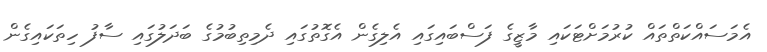
އެމަސައްކަތްތައް ކުރުމަށްޓަކައި މާޒީގެ ފަސްބައިގައި އެލިގެން އެގޮތުގައި ދެމިތިބުމުގެ ބަދަލުގައި ސާފު ހިތަކައިގެން